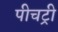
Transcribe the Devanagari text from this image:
पीचट्री